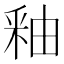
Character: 釉